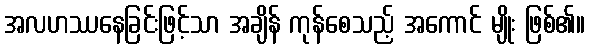
အလဟဿနေခြင်းဖြင့်သာ အချိန် ကုန်စေသည့် အကောင် မျိုး ဖြစ်၏။